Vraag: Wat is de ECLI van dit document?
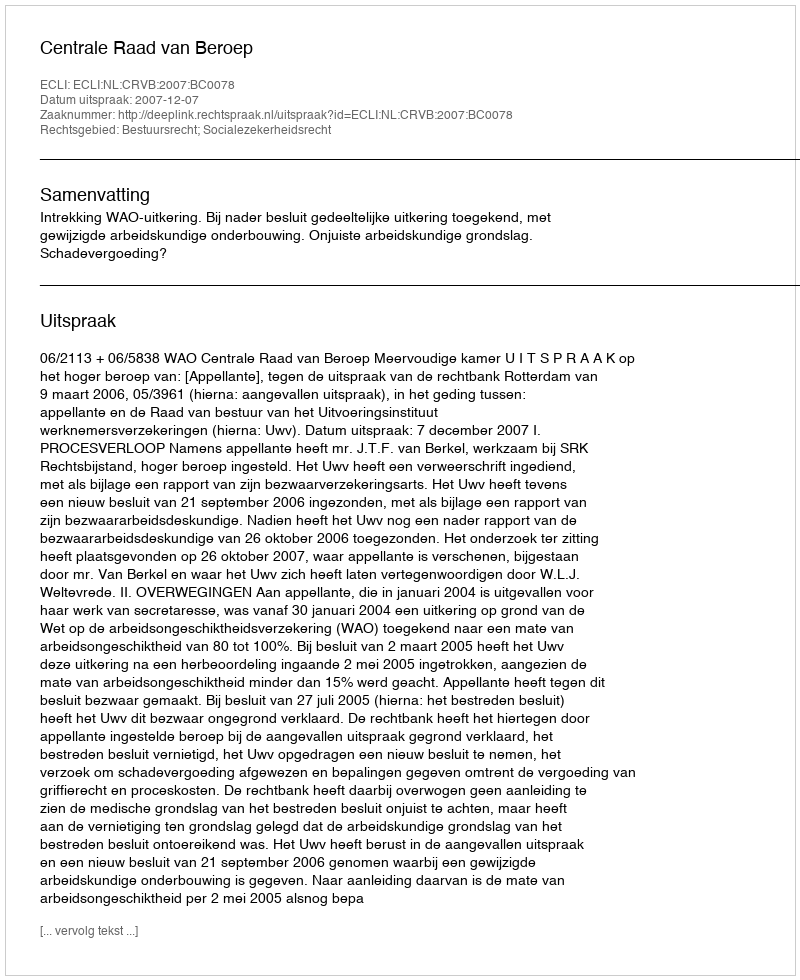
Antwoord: ECLI:NL:CRVB:2007:BC0078